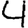
Digit: 4